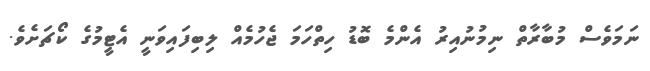
ނަމަވެސް މުބާރާތް ނިމުނުއިރު އެންމެ ބޮޑު ހިތްހަމަ ޖެހުމެއް ލިބިފައިވަނީ އެޓީމުގެ ކޯޗަށެވެ.